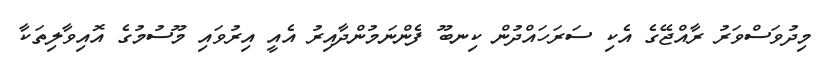
މިދުވަސްވަރު ރާއްޖޭގެ އެކި ސަރަހައްދުން ކިނބޫ ފެންނަމުންދާއިރު އެއީ އިރުވައި މޫސުމުގެ އޮއިވާލިތަކާ